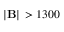
\mathbf { \left| B \right| } \, > 1 3 0 0